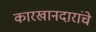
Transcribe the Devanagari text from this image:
कारखानदारांचे